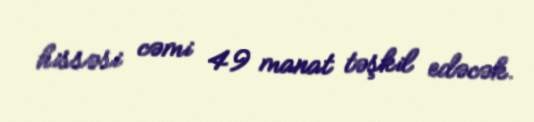
hissəsi cəmi 49 manat təşkil edəcək.